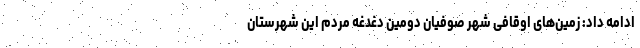
ادامه داد: زمین‌های اوقافی شهر صوفیان دومین دغدغه مردم این شهرستان